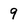
Character: 9